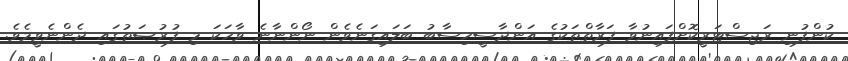
ކުންފުނި ރަޖިސްޓަރީކޮށްފައިނުވާ ފަރާތްތަކުގެ އަންދާސީހިސާބު ބަލައިގަނެވެން ނޯންނާނެ ވާހަކަ މި ފުރުޞަތުގައި ދެންނެވީމެވެ.